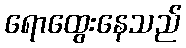
ရောထွေးနေသည်